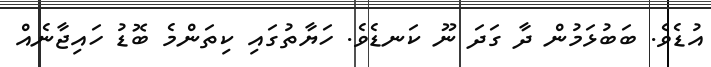
އުޑެވެ. ބަބުޅަމުން ދާ ގަދަ ނޫ ކަނޑެވެ. ހަޔާތުގައި ކިތަންމެ ބޮޑު ހައިޖާނެއް